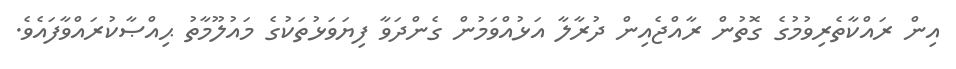
އިން ރައްކާތެރިވުމުގެ ގޮތުން ރާއްޖެއިން ދުރާލާ އަޅުއްވަމުން ގެންދަވާ ފިޔަވަޅުތަކުގެ މައުލޫމާތު ޙިއްޞާކުރައްވާފައެވެ.